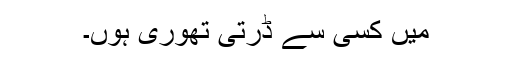
میں کسی سے ڈرتی تھوری ہوں۔